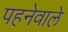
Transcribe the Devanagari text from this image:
पहनेवाले